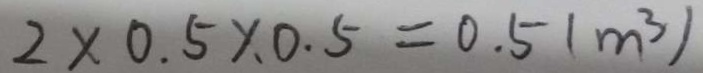
2 \times 0 . 5 \times 0 . 5 = 0 . 5 ( m ^ { 3 } )